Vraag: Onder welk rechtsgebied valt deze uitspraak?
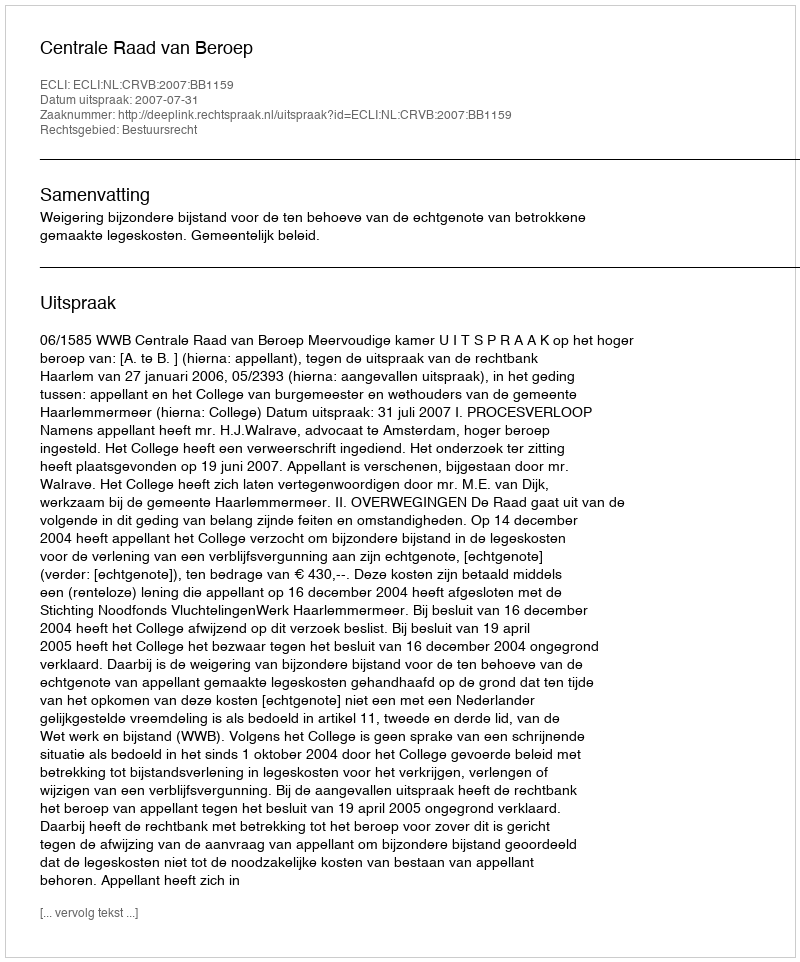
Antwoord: Bestuursrecht